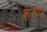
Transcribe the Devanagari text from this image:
शरव्य